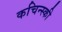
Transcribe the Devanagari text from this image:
कचिन्स्की